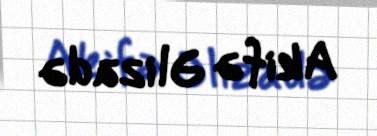
Akifə Əlizadə